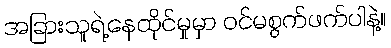
အခြားသူရဲ့နေထိုင်မှုမှာ ဝင်မစွက်ဖက်ပါနဲ့။